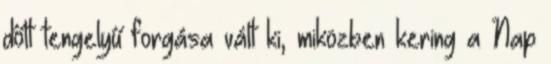
dőlt tengelyű forgása vált ki, miközben kering a Nap